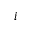
i